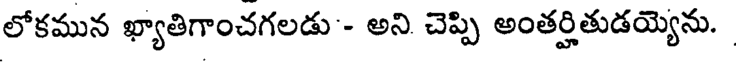
లోకమున ఖ్యాతిగాంచగలడు - అని చెప్పి అంతర్హితుడయ్యెను.